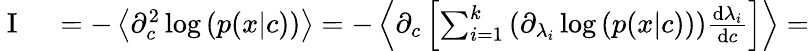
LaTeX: \begin{array}{rl}{\mathrm{~I~}}&{{}=-\left\langle\partial_{c}^{2}\log\left(p(x|c)\right)\right\rangle=-\left\langle\partial_{c}\left[\sum_{i=1}^{k}\left(\partial_{\lambda_{i}}\log\left(p(x|c)\right)\right)\frac{\mathrm{d}\lambda_{i}}{\mathrm{d}c}\right]\right\rangle=}\end{array}